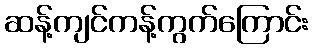
ဆန့်ကျင်ကန့်ကွက်ကြောင်း